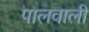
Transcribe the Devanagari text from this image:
पालवाली